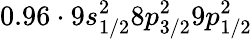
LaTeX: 0.96\cdot 9s_{1/2}^{2}8p_{3/2}^{2}9p_{1/2}^{2}